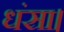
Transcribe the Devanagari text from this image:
धंसा।